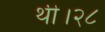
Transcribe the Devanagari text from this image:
थी।२८